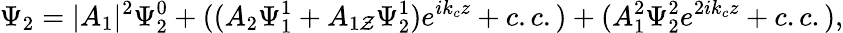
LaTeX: \Psi_{2}=|A_{1}|^{2}\Psi_{2}^{0}+((A_{2}\Psi_{1}^{1}+A_{1\mathcal{Z}}\Psi_{2}^{1})e^{ik_{c}z}+c.c.)+(A_{1}^{2}\Psi_{2}^{2}e^{2ik_{c}z}+c.c.),